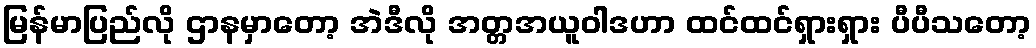
မြန်မာပြည်လို ဌာနမှာတော့ အဲဒီလို အတ္တအယူဝါဒဟာ ထင်ထင်ရှားရှား ပီပီသတော့